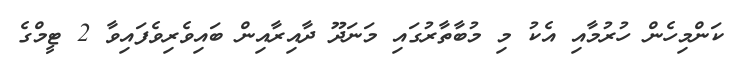
ކަންމިހެން ހުރުމާއި އެކު މި މުބާތާރުގައި މަނަދޫ ދާއިރާއިން ބައިވެރިވެފައިވާ 2 ޓީމްގެ